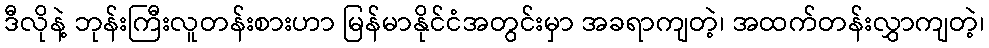
ဒီလိုနဲ့ ဘုန်းကြီးလူတန်းစားဟာ မြန်မာနိုင်ငံအတွင်းမှာ အခရာကျတဲ့၊ အထက်တန်းလွှာကျတဲ့၊